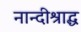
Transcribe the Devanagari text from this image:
नान्दीश्राद्ध